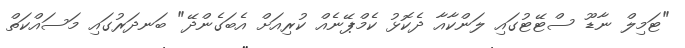
"ޓަމިލް ނާޑޫ ސްޓޭޓުގައި ލަންކާއާ ދެކޮޅު ކެމްޕޭނެއް ކުރިއަށް އެބަގެންދޭ" ބަނދަރުގައި މަސައްކަތް